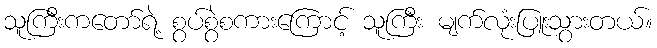
သူကြီးကတော်ရဲ့ စွပ်စွဲစကားကြောင့် သူကြီး မျက်လုံးပြူးသွားတယ်။